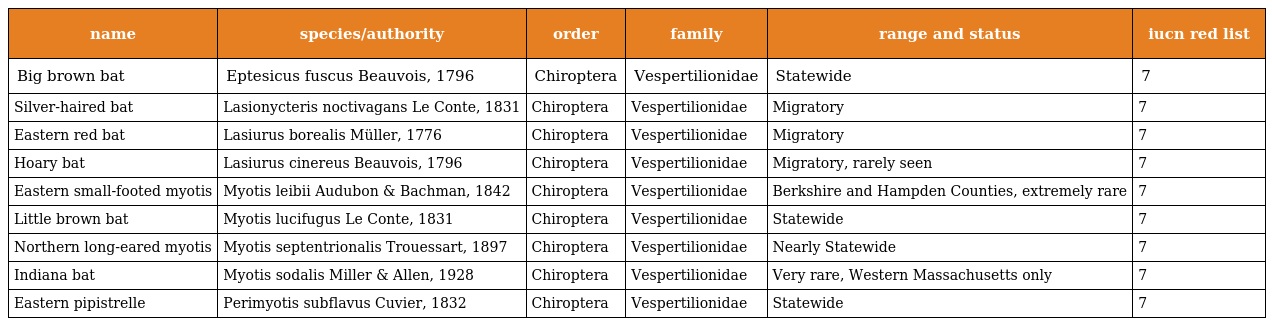
| name | species/authority | order | family | range and status | iucn red list |
 | --- | --- | --- | --- | --- | --- |
 | Big brown bat | Eptesicus fuscus Beauvois, 1796 | Chiroptera | Vespertilionidae | Statewide | 7 |
 | Silver-haired bat | Lasionycteris noctivagans Le Conte, 1831 | Chiroptera | Vespertilionidae | Migratory | 7 |
 | Eastern red bat | Lasiurus borealis Müller, 1776 | Chiroptera | Vespertilionidae | Migratory | 7 |
 | Hoary bat | Lasiurus cinereus Beauvois, 1796 | Chiroptera | Vespertilionidae | Migratory, rarely seen | 7 |
 | Eastern small-footed myotis | Myotis leibii Audubon & Bachman, 1842 | Chiroptera | Vespertilionidae | Berkshire and Hampden Counties, extremely rare | 7 |
 | Little brown bat | Myotis lucifugus Le Conte, 1831 | Chiroptera | Vespertilionidae | Statewide | 7 |
 | Northern long-eared myotis | Myotis septentrionalis Trouessart, 1897 | Chiroptera | Vespertilionidae | Nearly Statewide | 7 |
 | Indiana bat | Myotis sodalis Miller & Allen, 1928 | Chiroptera | Vespertilionidae | Very rare, Western Massachusetts only | 7 |
 | Eastern pipistrelle | Perimyotis subflavus Cuvier, 1832 | Chiroptera | Vespertilionidae | Statewide | 7 |